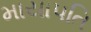
માયાપતિ